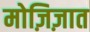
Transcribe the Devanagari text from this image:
मोज़िज़ात